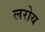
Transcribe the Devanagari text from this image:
लरोय